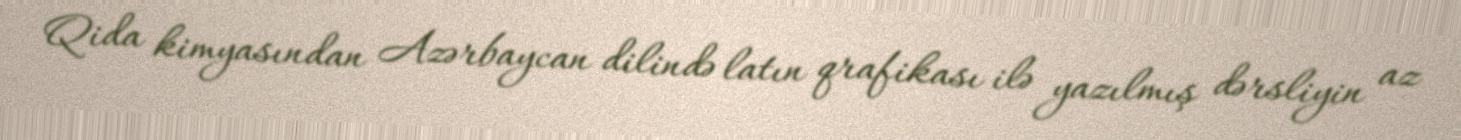
Qida kimyasından Azərbaycan dilində latın qrafikası ilə yazılmış dərsliyin az